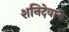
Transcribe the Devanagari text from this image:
शनिदेवाने